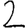
Digit: 2